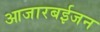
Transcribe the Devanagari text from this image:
आजारबईजन